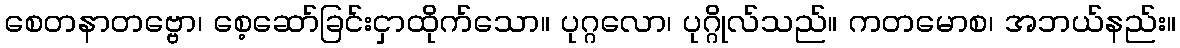
စေတနာတဗ္ဗော၊ စေ့ဆော်ခြင်းငှာထိုက်သော။ ပုဂ္ဂလော၊ ပုဂ္ဂိုလ်သည်။ ကတမောစ၊ အဘယ်နည်း။